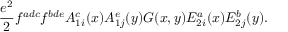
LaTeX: { \frac { e ^ { 2 } } { 2 } } f ^ { a d c } f ^ { b d e } A _ { 1 i } ^ { c } ( x ) A _ { 1 j } ^ { e } ( y ) G ( x , y ) E _ { 2 i } ^ { a } ( x ) E _ { 2 j } ^ { b } ( y ) .